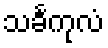
သင်္ခကုလံ